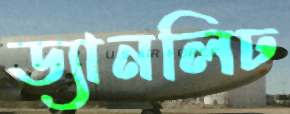
ড্যানলিঢ